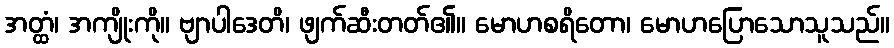
အတ္ထံ၊ အကျိုးကို။ ဗျာပါဒေတိ၊ ဖျက်ဆီးတတ်၏။ မောဟစရိတော၊ မောဟပြောသောသူသည်။